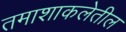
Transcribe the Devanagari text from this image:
तमाशाकलेतील